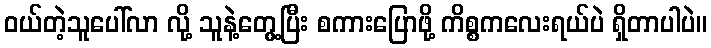
ဝယ်တဲ့သူပေါ်လာ လို့ သူနဲ့တွေ့ပြီး စကားပြောဖို့ ကိစ္စကလေးရယ်ပဲ ရှိတာပါပဲ။